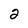
Character: 2